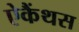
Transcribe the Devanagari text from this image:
ऐकैंथस